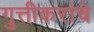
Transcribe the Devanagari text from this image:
गुत्तीकरांचे